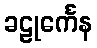
ခဠုင်္ကေန